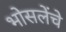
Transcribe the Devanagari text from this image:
भोसलेंचे